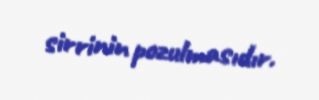
sirrinin pozulmasıdır.